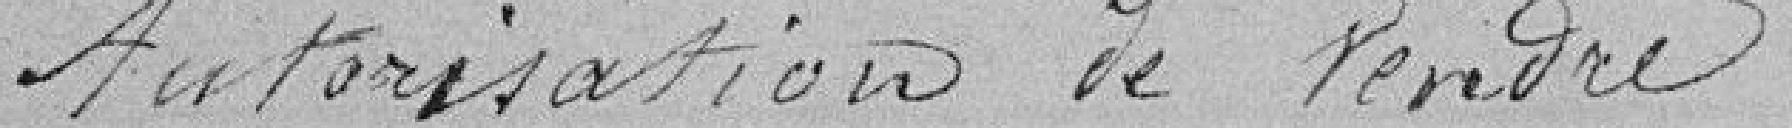
Autorisation de vendre à